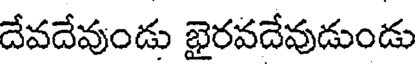
దేవదేవుండు ఖైరవదేవుడుండు